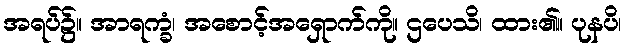
အရပ်၌။ အာရက္ခံ၊ အစောင့်အရှောက်ကို။ ဌပေသိ၊ ထား၏။ ပုနပိ၊